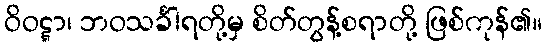
ဝိဝဋ္ဋာ၊ ဘဝသင်္ခါရတို့မှ စိတ်တွန့်စရာတို့ ဖြစ်ကုန်၏။